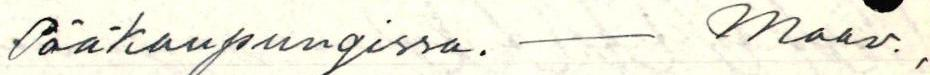
Pääkaupungissa. - Maav. ,